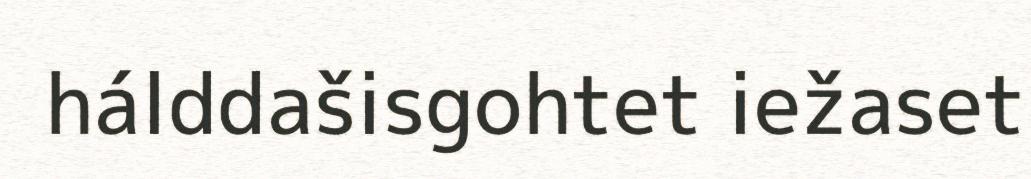
hálddašisgohtet iežaset